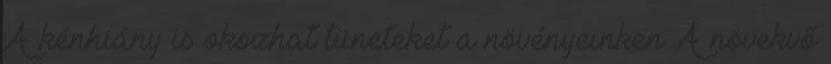
A kénhiány is okozhat tüneteket a növényeinken A növekvő